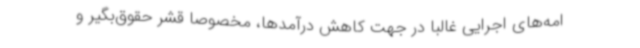
امه‌های اجرایی غالبا در جهت کاهش درآمدها، مخصوصا قشر حقوق‌بگیر و